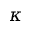
\kappa